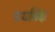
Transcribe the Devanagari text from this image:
पर्यावेक्ष